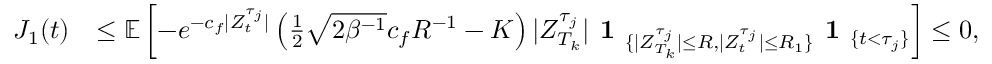
\begin{array} { r l } { J _ { 1 } ( t ) } & { \leq \mathbb { E } \left[ - e ^ { - c _ { f } | Z _ { t } ^ { \tau _ { j } } | } \left( \frac { 1 } { 2 } \sqrt { 2 \beta ^ { - 1 } } c _ { f } R ^ { - 1 } - K \right) | Z _ { T _ { k } } ^ { \tau _ { j } } | \textbf { 1 } _ { \{ | Z _ { T _ { k } } ^ { \tau _ { j } } | \leq R , | Z _ { t } ^ { \tau _ { j } } | \leq R _ { 1 } \} } \textbf { 1 } _ { \{ t < \tau _ { j } \} } \right] \le 0 , } \end{array}